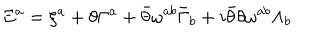
\Xi ^ { a } = \xi ^ { a } + \theta \Gamma ^ { a } + \bar { \theta } \omega ^ { a b } \bar { \Gamma } _ { b } + i \bar { \theta } \theta \omega ^ { a b } \Lambda _ { b }